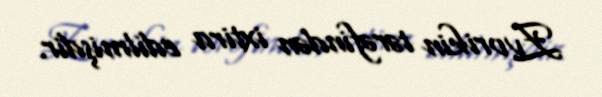
Zvorikin tərəfindən ixtira edilmişdir.